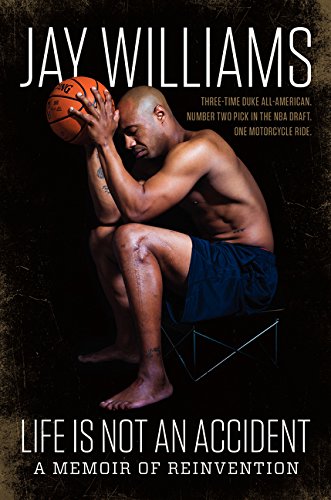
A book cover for Life Is Not an Accident: A Memoir of Reinvention; Jay Williams; Biographies & Memoirs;